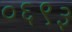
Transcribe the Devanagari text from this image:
०६९३